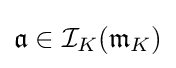
{\mathfrak {a}}\in {\mathcal {I}}_{K}({\mathfrak {m}}_{K})